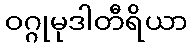
ဝဂ္ဂုမုဒါတီရိယာ